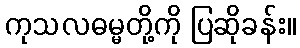
ကုသလဓမ္မတို့ကို ပြဆိုခန်း။